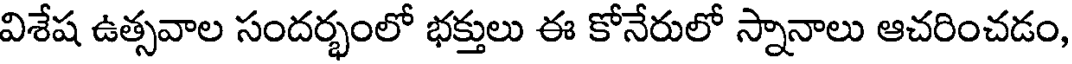
విశేష ఉత్సవాల సందర్భంలో భక్తులు ఈ కోనేరులో స్నానాలు ఆచరించడం,